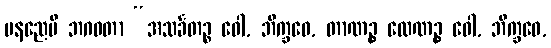
ပနညေပိ ဘဂဝတာ “အသင်္ခတဉ္စ ဝေါ, ဘိက္ခဝေ, တာဏဉ္စ လေဏဉ္စ ဝေါ, ဘိက္ခဝေ,